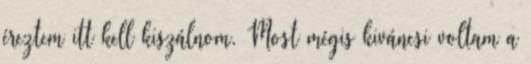
éreztem itt kell kiszálnom. Most mégis kiváncsi voltam a